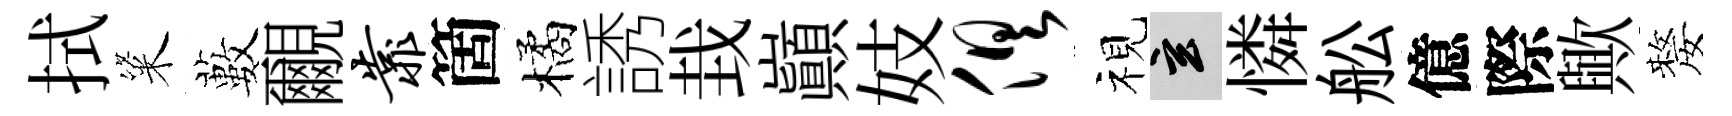
拭粢藪覼靠箇橘誘㘽巔妓俱视玄憐舩億際歟嫠